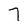
Character: 7